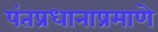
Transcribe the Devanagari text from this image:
पंतप्रधानाप्रमाणे